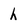
Character: h